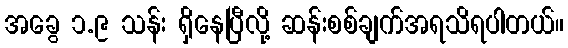
အခွေ ၁.၉ သန်း ရှိနေပြီလို့ ဆန်းစစ်ချက်အရသိရပါတယ်။